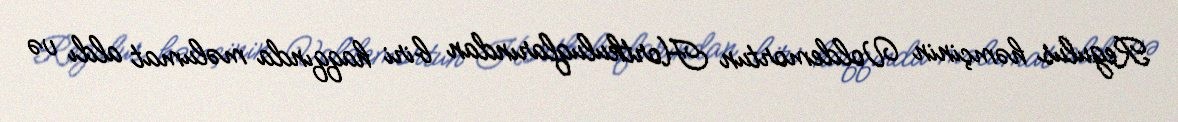
Regulus həmçinin Voldemortun Hortkuluqlarından biri haqqında məlumat aldı və